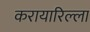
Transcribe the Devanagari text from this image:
करायारिल्ला